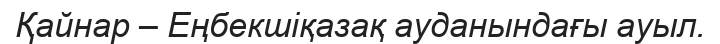
Қайнар – Еңбекшіқазақ ауданындағы ауыл.